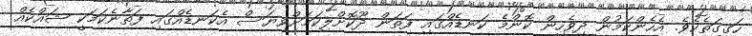
ހަގީގަތެކެވެ. އެހެންކަމުން ދިވެހިން ކޮންމެ ކަނޑެއްގައި ފަތަން ދޫކޮށްލިކަމަށްވިޔަސް އެކަނޑެއްގައި ފަތާނެކަމަކީ ޝައްކެއް